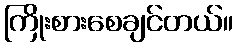
ကြိုးစားစေချင်တယ်။